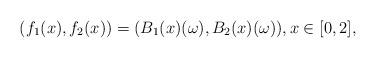
LaTeX: \begin{align*} (f_1(x),f_2(x))=(B_1(x)(\omega),B_2(x)(\omega)),x\in [0,2],\end{align*}